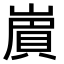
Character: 𧶑